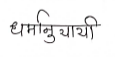
मजकूर: धर्मानुयायी